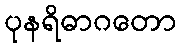
ပုနရိဓာဂတော